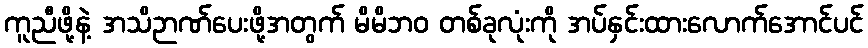
ကူညီဖို့နဲ့ အသိဉာဏ်ပေးဖို့အတွက် မိမိဘဝ တစ်ခုလုံးကို အပ်နှင်းထားလောက်အောင်ပင်